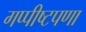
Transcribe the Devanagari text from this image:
गप्पीष्टपणा